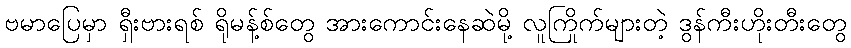
ဗမာပြေမှာ ရှီးဗားရစ် ရိုမန့်စ်တွေ အားကောင်းနေဆဲမို့ လူကြိုက်များတဲ့ ဒွန်ကီးဟိုးတီးတွေ